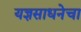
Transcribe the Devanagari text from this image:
यज्ञसाधनेचा